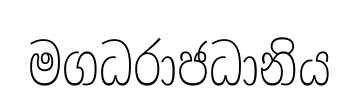
මගධරාජධානිය